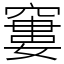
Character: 窶